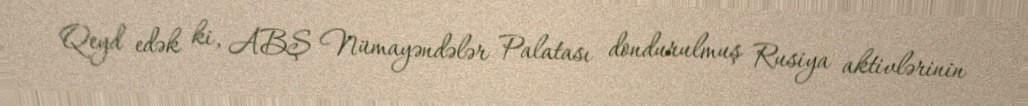
Qeyd edək ki, ABŞ Nümayəndələr Palatası dondurulmuş Rusiya aktivlərinin